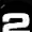
Digit: 2